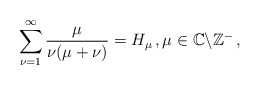
\begin{align*}\sum_{\nu=1}^\infty\frac\mu{\nu(\mu+\nu)}=H_\mu\,,\mu\in\mathbb{C}\backslash\mathbb{Z^-}\,,\end{align*}